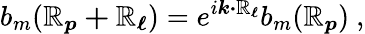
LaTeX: b_{m}({\boldsymbol{\mathbb{R}_{p}+\mathbb{R}_{\ell}}})=e^{i{\boldsymbol{k\cdot\mathbb{R}_{\ell}}}}b_{m}({\boldsymbol{\mathbb{R}_{p}}})\ ,